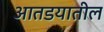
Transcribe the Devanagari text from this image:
आतडयातील